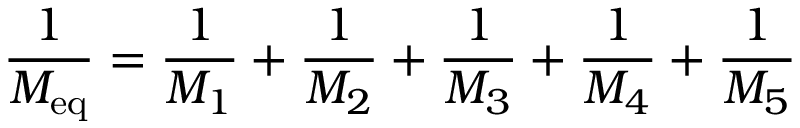
\frac { 1 } { M _ { \mathrm { e q } } } = \frac { 1 } { M _ { 1 } } + \frac { 1 } { M _ { 2 } } + \frac { 1 } { M _ { 3 } } + \frac { 1 } { M _ { 4 } } + \frac { 1 } { M _ { 5 } }